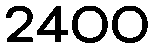
2400